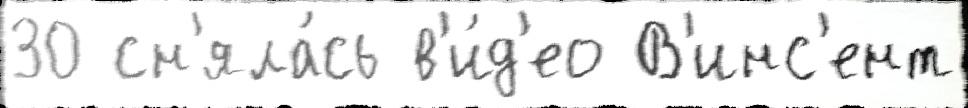
30 сн'яла́сь в'и́д'ео В'инс'ент